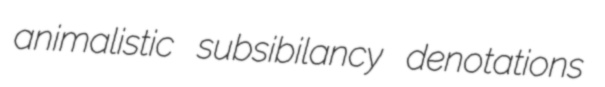
animalistic subsibilancy denotations